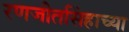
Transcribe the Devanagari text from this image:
रणजीतसिंहाच्या